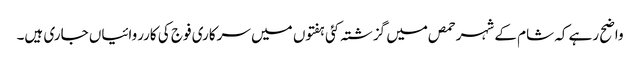
واضح رہے کہ شام کے شہر حمص میں گزشتہ کئی ہفتوں میں سرکاری فوج کی کارروائیاں جاری ہیں۔